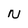
Character: N